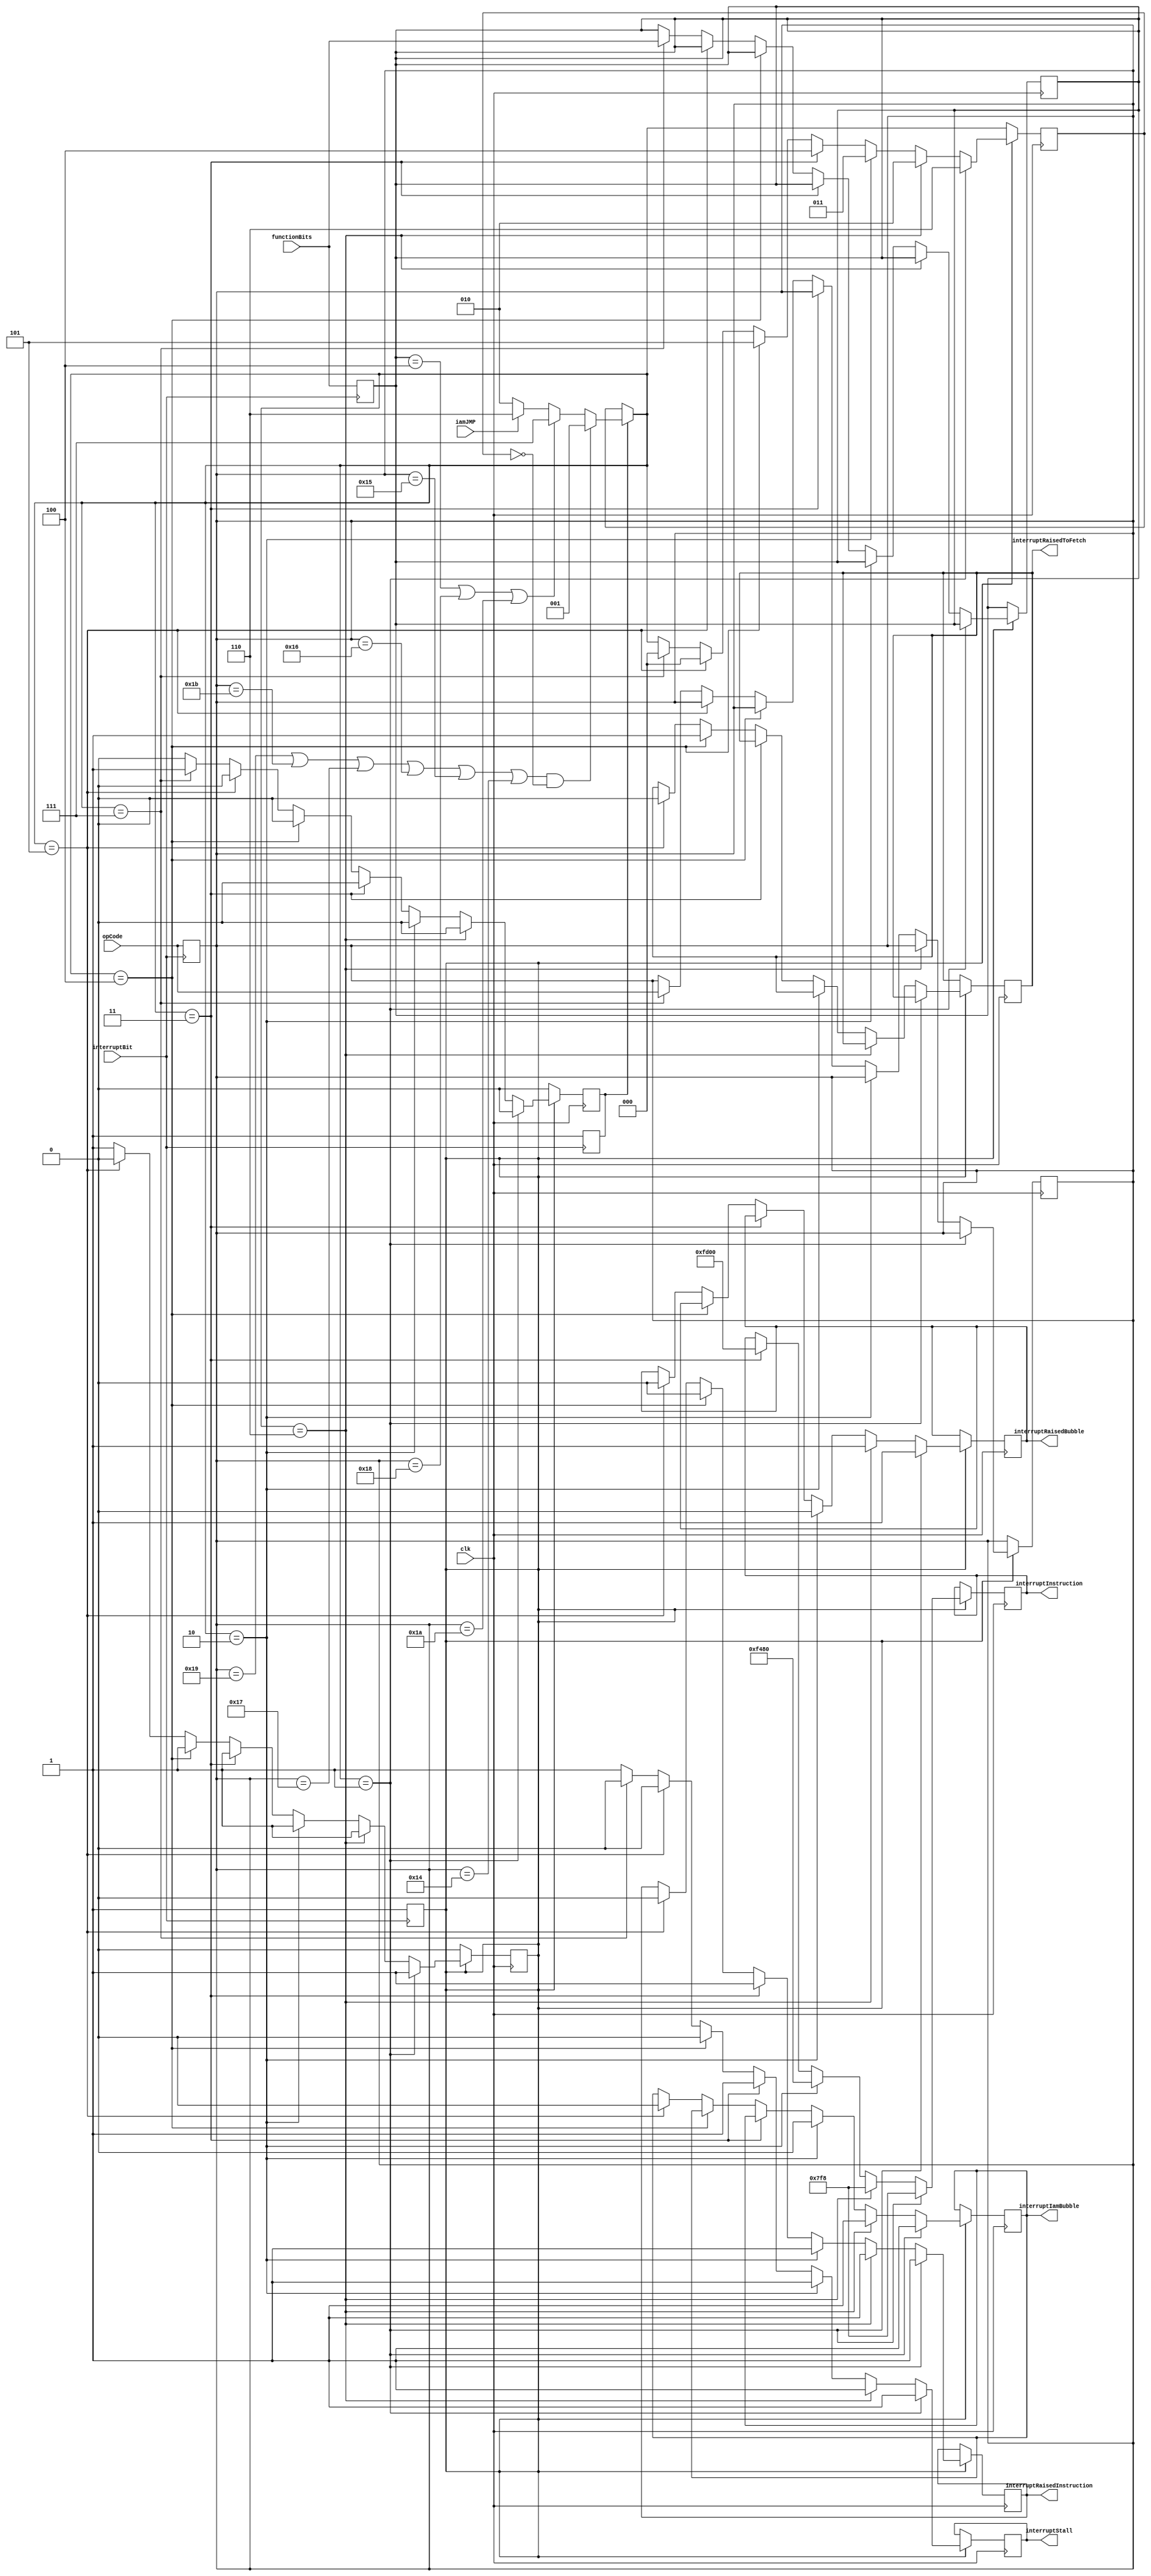
module interruptHandler (
    clk,
    functionBits,
    opCode,
    interruptBit,
    interruptInstruction,
    interruptRaisedToFetch,
    interruptRaisedInstruction,
    iamJMP,
    interruptIamBubble,
    interruptRaisedBubble,
    interruptStall
);


  // I am jump from the decode stage => stall one cycle only
  input interruptBit, clk, iamJMP;
  input [2:0] functionBits;
  input [4:0] opCode;
  output reg interruptRaisedToFetch,interruptRaisedInstruction,interruptIamBubble,interruptRaisedBubble,interruptStall;
  output reg [15:0] interruptInstruction;

  reg [2:0] nextStateFlag;


  reg startReadFlags;
  reg startWork, myIamJmpFlag;
  reg [2:0] myFunctionBits;
  reg [4:0] myOpCode;


  // ? 000 means that I am ready          0
  // ? 001 means that I will stall 2 times then           1
  // ? 110 means that  I will stall one time             6
  // ? 010 means that I will add the first part of the interrupt      2
  // ? 011 means that I will add the second part of the interrupt       3
  // ? 100 means that I have executed of the second  of interrupt ,then i will raise interrupt signal to fetch      4
  // ? 101 means that I will make interruptRaisedToFetch zero again and make the state back to the first state      5
  // ? 111 means that I will pass the next intruction as it is the second half of the last incturction then go to the normal state of the interrupt 

  initial begin
    nextStateFlag = 3'b000;
    interruptRaisedToFetch = 1'b0;
    startWork = 1'b0;
    interruptRaisedInstruction = 1'b0;
    interruptRaisedBubble = 1'b0;
    interruptStall = 1'b0;
		interruptIamBubble = 1'b0;
  end

  always @(posedge interruptBit) begin
    startWork = 1'b1;
    startReadFlags = 1'b1;
    myFunctionBits = functionBits;
    myOpCode = opCode;
  end

  always @(posedge clk) begin
    if (startReadFlags == 1'b1) begin
      #2
        // myFunctionBits = functionBits;
        // myOpCode = opCode;
        startReadFlags = 1'b0;
      // savedPc = nextPC;
      myIamJmpFlag = iamJMP;

      if((myOpCode == 5'b11001 || myOpCode == 5'b11011 || myOpCode == 5'b10111|| myOpCode == 5'b10110 || myOpCode == 5'b10101 || myOpCode == 5'b10100) 
    && nextStateFlag == 3'b000)begin
        // second part of call or ret or any type of jmp
        // Stall 2 cycles out bubble and don't change pc
        nextStateFlag = 3'b001;
      end else if (myFunctionBits == 3'b100 || myOpCode == 5'b11000 || myOpCode == 5'b11010) begin
        // the instruction have another half
        // pass the second part of the instruction
        nextStateFlag = 3'b111;

      end else begin
        // normal case 
        // check the instruction in the decode stage if it is a jump instruction
        // wait till it enters the ALU (stall one cycle)
        if (myIamJmpFlag == 1'b1) begin
          // go the the state where i will stall one cycle
          nextStateFlag = 3'b110;
        end else begin
          // go the the state where i will add the first part of the interrupt
          nextStateFlag = 3'b010;
        end
      end
    end


    if (startWork == 1'b1) begin
      interruptStall = 1'b1;
      if (nextStateFlag == 3'b001) begin
        // stall 2 cycles
        interruptIamBubble = 1'b1;
        interruptRaisedBubble = 1'b1;
        interruptRaisedInstruction = 1'b1;
        interruptInstruction = 16'b0000011111111000;
        nextStateFlag = 3'b110;
      end else if (nextStateFlag == 3'b110) begin
        // stall 1 cycles
        interruptIamBubble = 1'b1;
        interruptRaisedBubble = 1'b1;
        interruptRaisedInstruction = 1'b1;
        interruptInstruction = 16'b0000011111111000;
        nextStateFlag = 3'b010;

      end else if (nextStateFlag == 3'b010) begin
        // start interrupt work
        // first part of the interrupt opCode
        interruptIamBubble = 1'b0;
        interruptRaisedBubble = 1'b0;
        interruptRaisedInstruction = 1'b1;
        interruptInstruction = 16'b1111010010000000;
        nextStateFlag = 3'b011;

      end else if (nextStateFlag == 3'b011) begin
        // second part of the interrupt opCode
        interruptRaisedInstruction = 1'b1;
        interruptInstruction = 16'b1111110100000000;
        nextStateFlag = 3'b100;
      end else if (nextStateFlag == 3'b100) begin
        // set interrupt to jump to ivt to execute the interrupt instruction
        interruptRaisedToFetch = 1'b1;
        interruptRaisedInstruction = 1'b0;
        interruptStall = 1'b0;
        nextStateFlag = 3'b101;
      end else if (nextStateFlag == 3'b101) begin
        interruptRaisedToFetch = 1'b0;
        nextStateFlag = 3'b000;
        startWork = 1'b0;
        interruptStall = 1'b0;
        interruptIamBubble = 1'b0;
        interruptRaisedInstruction = 1'b0;
        interruptRaisedBubble = 1'b0;
        myIamJmpFlag = 1'b0;
      end else if (nextStateFlag == 3'b111) begin
        // I will do nothing(pass the next instruction) then go the the first state to check it's case 
        // change the start read flags to repeat the whole interrupt scenario
        startReadFlags = 1'b1;
        nextStateFlag = 3'b000;
        interruptStall = 1'b0;
        myFunctionBits = functionBits;
        myOpCode = opCode;
      end
    end
  end

endmodule